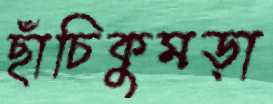
ছাঁচিকুমড়া